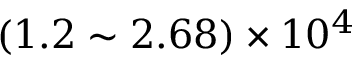
( 1 . 2 \sim 2 . 6 8 ) \times 1 0 ^ { 4 }